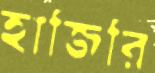
হাজিরি